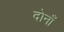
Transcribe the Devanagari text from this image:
दोनाँ